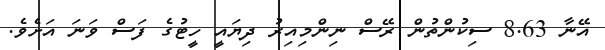
އޭނާ 8.63 ސިކުންތުން ރޭސް ނިންމިއިރު ދިޔައީ ހީޓުގެ ފަސް ވަނަ އަށެވެ.